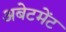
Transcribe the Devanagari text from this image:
अबेटमेंट